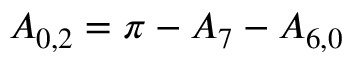
{ A _ { 0 , 2 } } = \pi - { A _ { 7 } } - { A _ { 6 , 0 } }